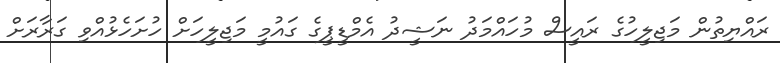
ރައްޔިތުން މަޖިލީހުގެ ރައީސް މުހައްމަދު ނަޝީދު އެމްޑީޕީގެ ގައުމީ މަޖިލީހަށް ހުށަހެޅުއްވި ގަރާރަށް